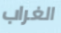
الغراب